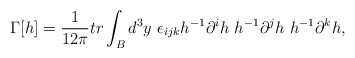
\begin{align*}\Gamma [h] = \frac{1}{12\pi} tr \int_B d^3y~ \epsilon_{ijk} h^{-1}\partial^ih~h^{-1}\partial^jh~ h^{-1}\partial^kh,\end{align*}